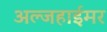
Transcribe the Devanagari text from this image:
अल्जहाईमर